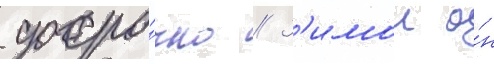
досро́чно // З'имои о́н